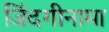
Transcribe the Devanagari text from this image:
जिंदगीनामा